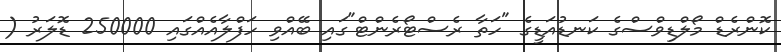
ކޮންރެޑް މޯލްޑިވްސްގެ ކަނޑުއަޑީގެ "ހަތާ ރެސްޓޯރެންޓް"ގައި ބޭއްވި ހަފްލާއެއްގައި 250000 ޑޮލަރު (